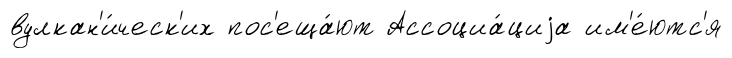
вулкан'и́ческ'их пос'еща́ют Ассоциа́циjа им'е́ютс'я